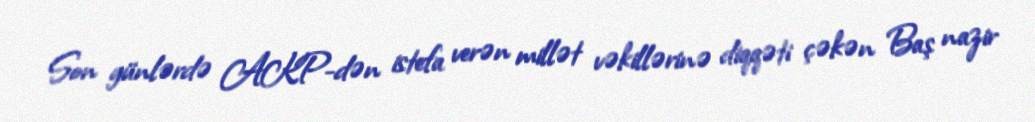
Son günlərdə AKP-dən istefa verən millət vəkillərinə diqqəti çəkən Baş nazir